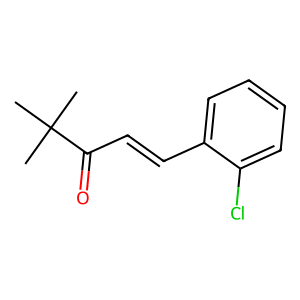
SMILES: CC(C)(C)C(=O)C=Cc1ccccc1Cl
Inhibits HIV replication: No